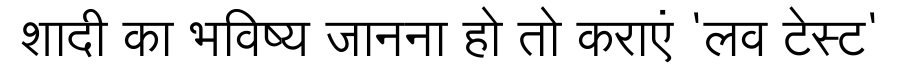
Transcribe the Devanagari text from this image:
शादी का भविष्य जानना हो तो कराएं 'लव टेस्ट'